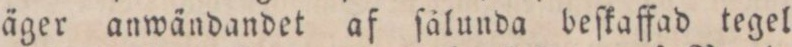
äger anwändandet af ſålunda beſkaffad tegel